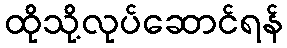
ထိုသို့လုပ်ဆောင်ရန်